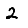
Digit: 2